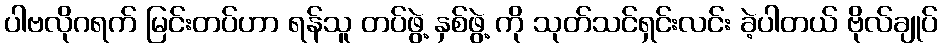
ပါဗလိုဂရက် မြင်းတပ်ဟာ ရန်သူ တပ်ဖွဲ့ နှစ်ဖွဲ့ ကို သုတ်သင်ရှင်းလင်း ခဲ့ပါတယ် ဗိုလ်ချုပ်